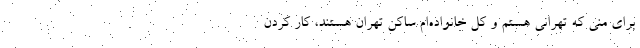
برای منی که تهرانی هستم و کل خانواده‌ام ساکن تهران هستند، کار کردن